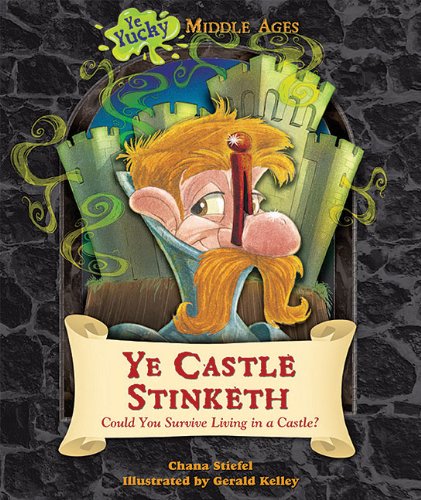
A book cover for Ye Castle Stinketh: Could You Survive Living in a Castle? (Ye Yucky Middle Ages); Chana Stiefel; Teen & Young Adult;